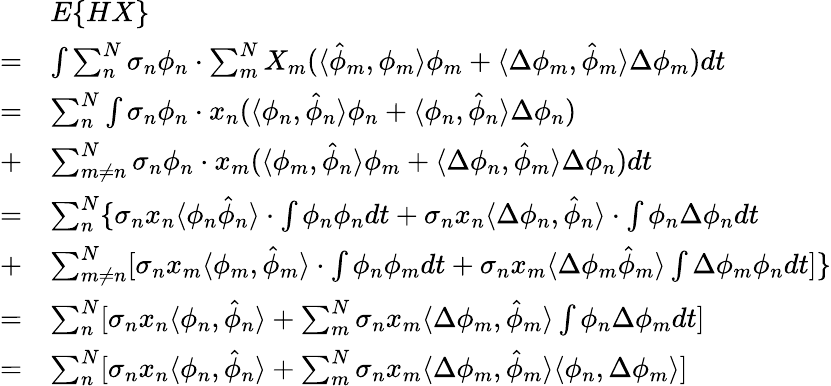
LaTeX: \begin{array}{rl}&{E\{ HX\} }\\ {=}&{\int\sum_{n}^{N}\sigma_{n}\phi_{n}\cdot\sum_{m}^{N}X_{m}(\langle\hat{\phi}_{m},\phi_{m}\rangle\phi_{m}+\langle\Delta\phi_{m},\hat{\phi}_{m}\rangle\Delta\phi_{m})dt}\\ {=}&{\sum_{n}^{N}\int\sigma_{n}\phi_{n}\cdot x_{n}(\langle\phi_{n},\hat{\phi}_{n}\rangle\phi_{n}+\langle\phi_{n},\hat{\phi}_{n}\rangle\Delta\phi_{n})}\\ {+}&{\sum_{m\neq n}^{N}\sigma_{n}\phi_{n}\cdot x_{m}(\langle\phi_{m},\hat{\phi}_{n}\rangle\phi_{m}+\langle\Delta\phi_{n},\hat{\phi}_{m}\rangle\Delta\phi_{n})dt}\\ {=}&{\sum_{n}^{N}\{ \sigma_{n}x_{n}\langle\phi_{n}\hat{\phi}_{n}\rangle\cdot\int\phi_{n}\phi_{n}dt+\sigma_{n}x_{n}\langle\Delta\phi_{n},\hat{\phi}_{n}\rangle\cdot\int\phi_{n}\Delta\phi_{n}dt}\\ {+}&{\sum_{m\neq n}^{N}[\sigma_{n}x_{m}\langle\phi_{m},\hat{\phi}_{m}\rangle\cdot\int\phi_{n}\phi_{m}dt+\sigma_{n}x_{m}\langle\Delta\phi_{m}\hat{\phi}_{m}\rangle\int\Delta\phi_{m}\phi_{n}dt]\} }\\ {=}&{\sum_{n}^{N}[\sigma_{n}x_{n}\langle\phi_{n},\hat{\phi}_{n}\rangle+\sum_{m}^{N}\sigma_{n}x_{m}\langle\Delta\phi_{m},\hat{\phi}_{m}\rangle\int\phi_{n}\Delta\phi_{m}dt]}\\ {=}&{\sum_{n}^{N}[\sigma_{n}x_{n}\langle\phi_{n},\hat{\phi}_{n}\rangle+\sum_{m}^{N}\sigma_{n}x_{m}\langle\Delta\phi_{m},\hat{\phi}_{m}\rangle\langle\phi_{n},\Delta\phi_{m}\rangle]}\end{array}